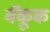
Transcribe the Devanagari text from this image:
मॅकूक